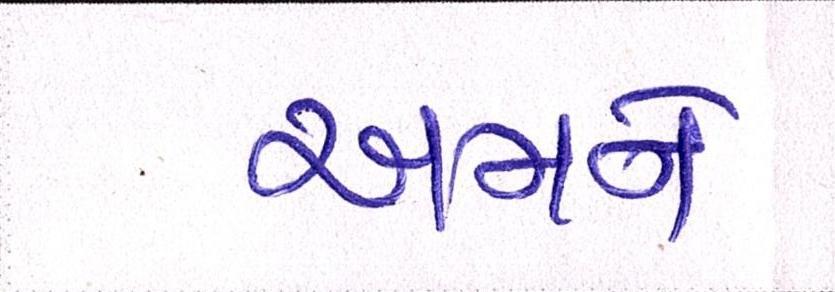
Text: અમને